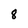
Character: 8